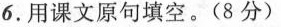
6.用课文原句填空。(8分)